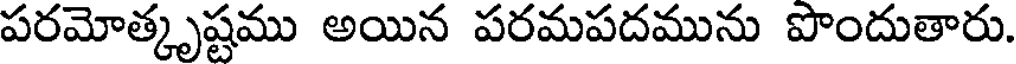
పరమోత్కృష్టము అయిన పరమపదమును పొందుతారు.